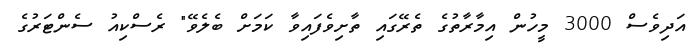
އަދިވެސް 3000 މީހުން އިމާރާތުގެ ތެރޭގައި ތާށިވެފައިވާ ކަމަށް ބެލެވޭ" ރެސްކިއު ސެންޓަރުގެ